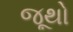
જૂથો